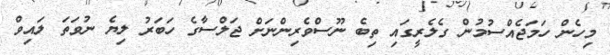
މިހެން ހަމަޖެއްސުމުން ގެލެރީގައި ތިބެ ނޫސްވެރިންނަށް ޖަލްސާގެ ހަބަރު ލިޔެ ނުވަތަ ލައިވް